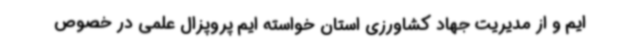
ایم و از مدیریت جهاد کشاورزی استان خواسته ایم پروپزال علمی در خصوص